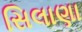
સિલાણા